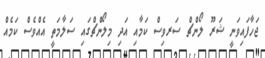
ޖަހާފައިވަނީ ޝަރޫ ލޯންޗް ސަރވިސް ކަމާއި އަދި މިލޯންޗްގައި ސަލާމަތީ އެއްވެސް ކަމެއް